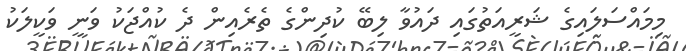
މިމައްސަލައިގެ ޝަރީއަތުގައި ދައުވާ ލިބޭ ކުދިންގެ ތެރެއިން ދެ ކުއްޖަކު ވަނީ ވަކީލަކު